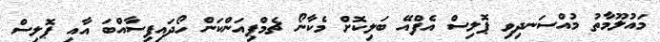
މައުލޫމާތު މުއްސަނދިވި ޕޮލިސް އެފްއޭ ބަލިކޮށް މެކާނޯ ޗެމްޕިއަންކަން ހޯދައިފިސާއްބަ އާއި ޕޮލިސް